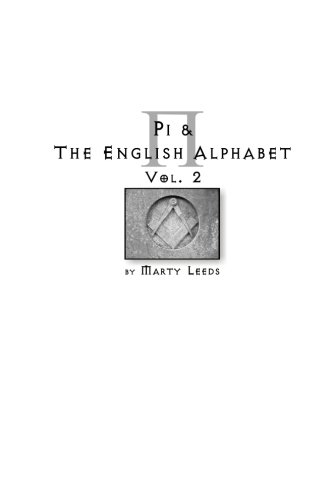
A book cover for Pi & The English Alphabet Vol. 2 (Second Edition); Marty Leeds; Reference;